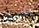
اخبرت